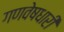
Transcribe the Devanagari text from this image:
गणवेषधारी